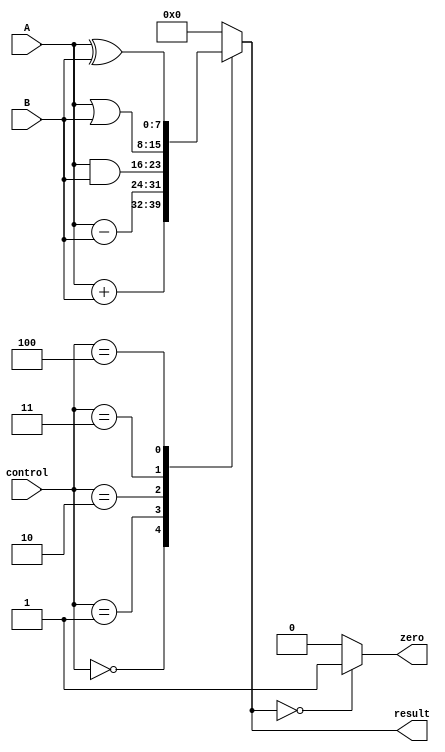
module ALU (
    input [7:0] A,
    input [7:0] B,
    input [2:0] control,
    output reg [7:0] result,
    output reg zero
);

// Addition block
always @(*) begin
    case (control)
        3'b000: result = A + B; // Addition
        3'b001: result = A - B; // Subtraction
        3'b010: result = A & B; // Bitwise AND
        3'b011: result = A | B; // Bitwise OR
        3'b100: result = A ^ B; // Bitwise XOR
        default: result = 8'b0;
    endcase
    zero = (result == 8'b0) ? 1'b1 : 1'b0; // Set zero flag
end

endmodule